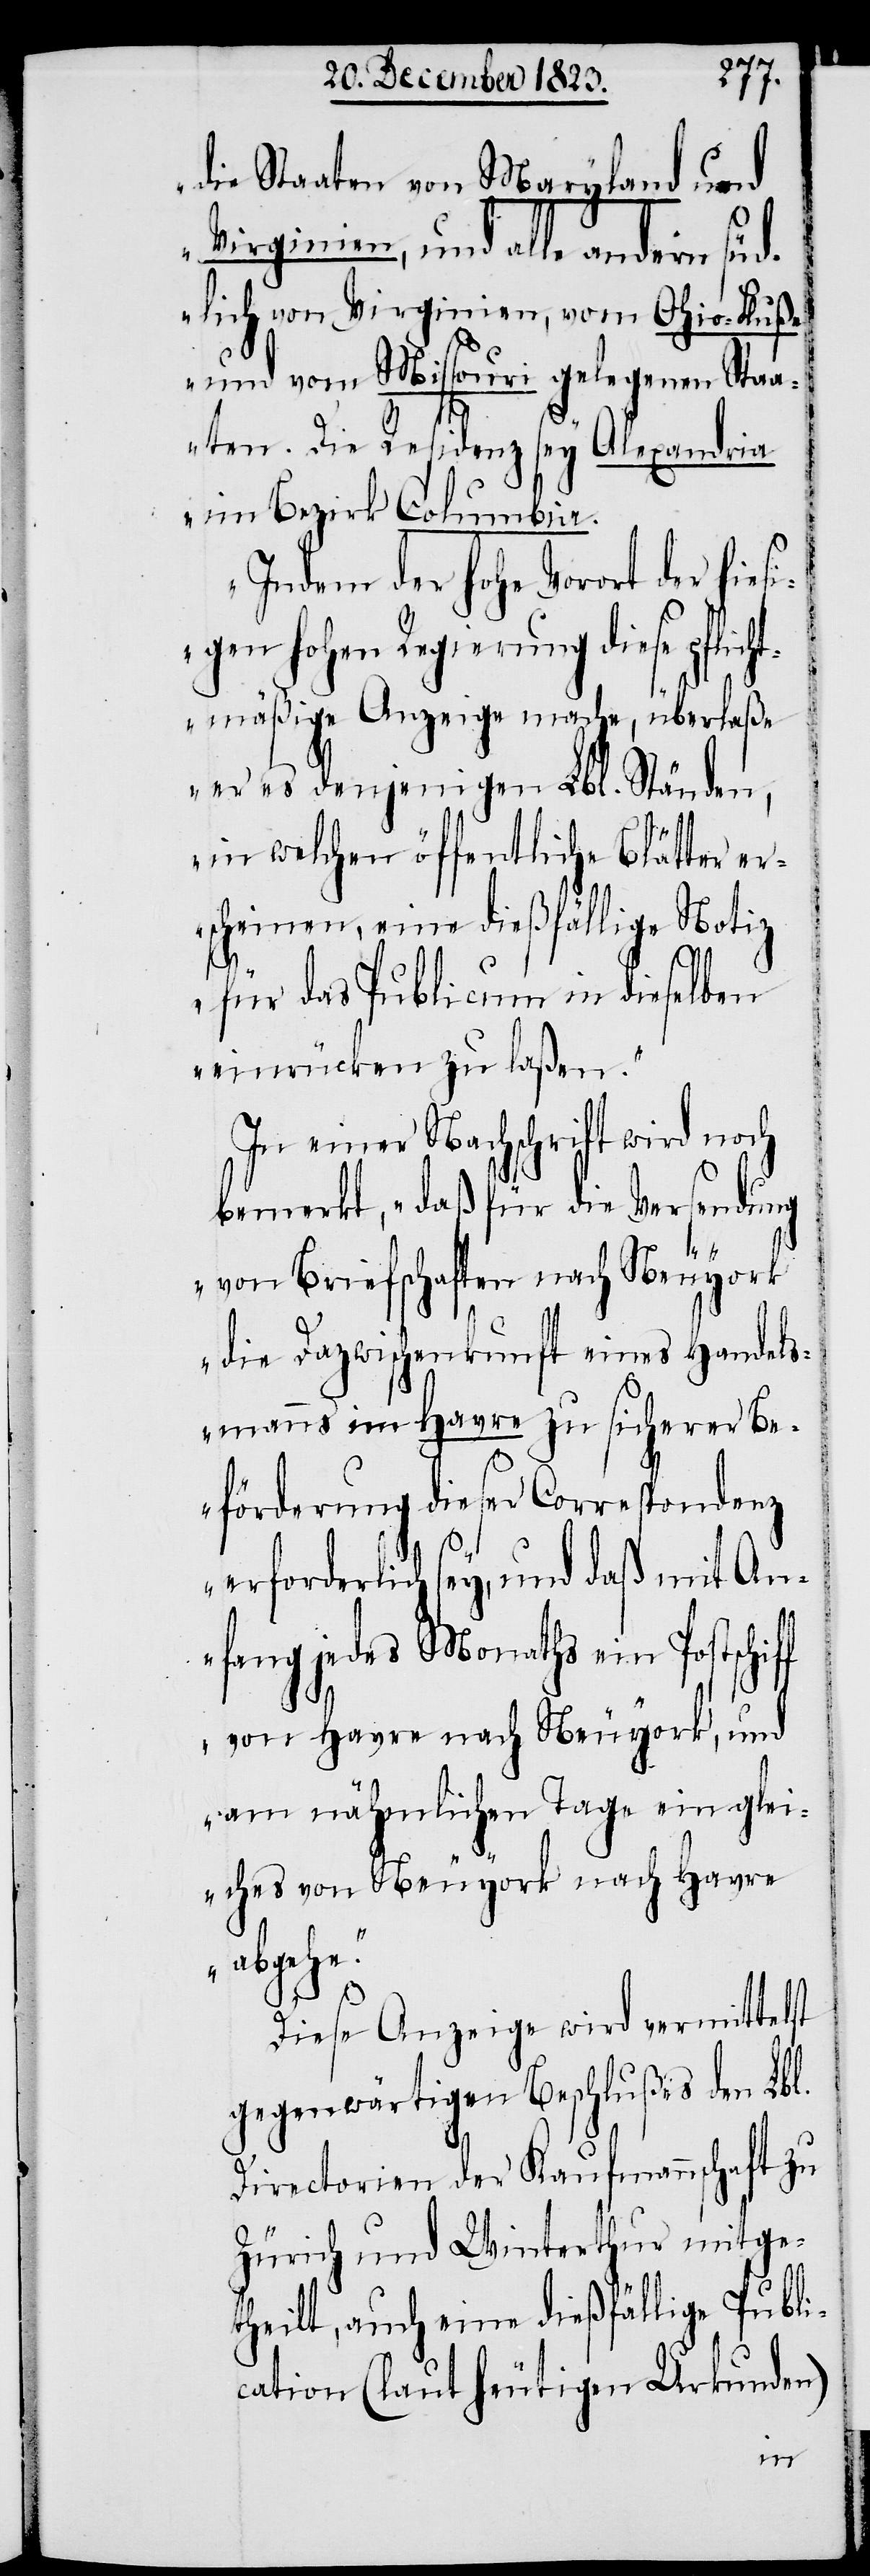
die Staaten von Maryland und
Virginien, und alle andern
süd¬
lich von Virginien, vom Ohio-Fluße
und vom Missouri gelegenen Staa¬
ten. Die Residenz sey Alexandria
im Bezirk Columbia.
Indem der hohe Vorort der hiesi¬
gen hohen Regierung diese pflich¬
tmäßige Anzeige mache, überlaße
er es denjenigen Lbl. Ständen,
in welchen öffentliche Blätter er¬
scheinen, eine dießfällige Notiz
für das Publicum in dieselben
einrücken zu laßen.“
In einer Nachschrift wird noch
bemerkt, „daß für die Versendung
von Briefschaften nach Neuyork
die Dazwischenkunft eines Handels¬
manns im Havre zu sicherer Be¬
förderung dieser Correspondenz
erforderlich sey, und daß mit An¬
fang jedes Monaths ein Postsch¬
von Havre nach Neuyork, und
am nähmlichen Tage ein glei¬
ches von Neuyork nach Havre
abgehe.“
Diese Anzeige wird vermittelst
gegenwärtigen Beschlußes den Lbl.
Directorien der Kaufmannschaft zu
Zürich und Winterthur mitge¬
theilt, auch eine dießfällige Publi¬
cation (laut heutigen Urkunden)
iff